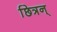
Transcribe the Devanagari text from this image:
छित्रन्